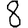
Digit: 8